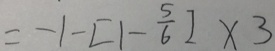
= - 1 - [ 1 - \frac { 5 } { 6 } ] \times 3